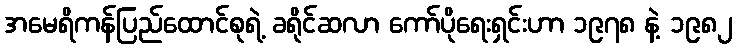
အမေရိကန်ပြည်ထောင်စုရဲ့ ခရိုင်ဆလာ ကော်ပိုရေးရှင်းဟာ ၁၉၇၈ နဲ့ ၁၉၈၂